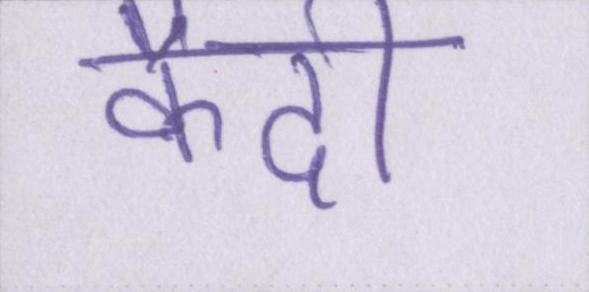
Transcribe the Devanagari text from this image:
कैदी